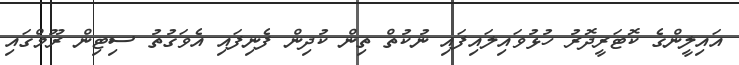
އައިލީންގެ ކޮޓަރީދޮރު ހުޅުވައިލައިފައި ނުކުތް ތިން ކުދިން ފެނިފައި އެވަގުތު ސިޓިން ރޫމްގައި